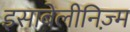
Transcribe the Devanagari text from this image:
इसाबेलीनिज़्म